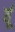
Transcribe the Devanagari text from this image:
र्यू